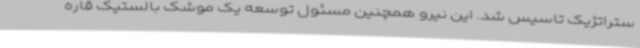
ستراتژیک تاسیس شد. این نیرو همچنین مسئول توسعه یک موشک بالستیک قاره